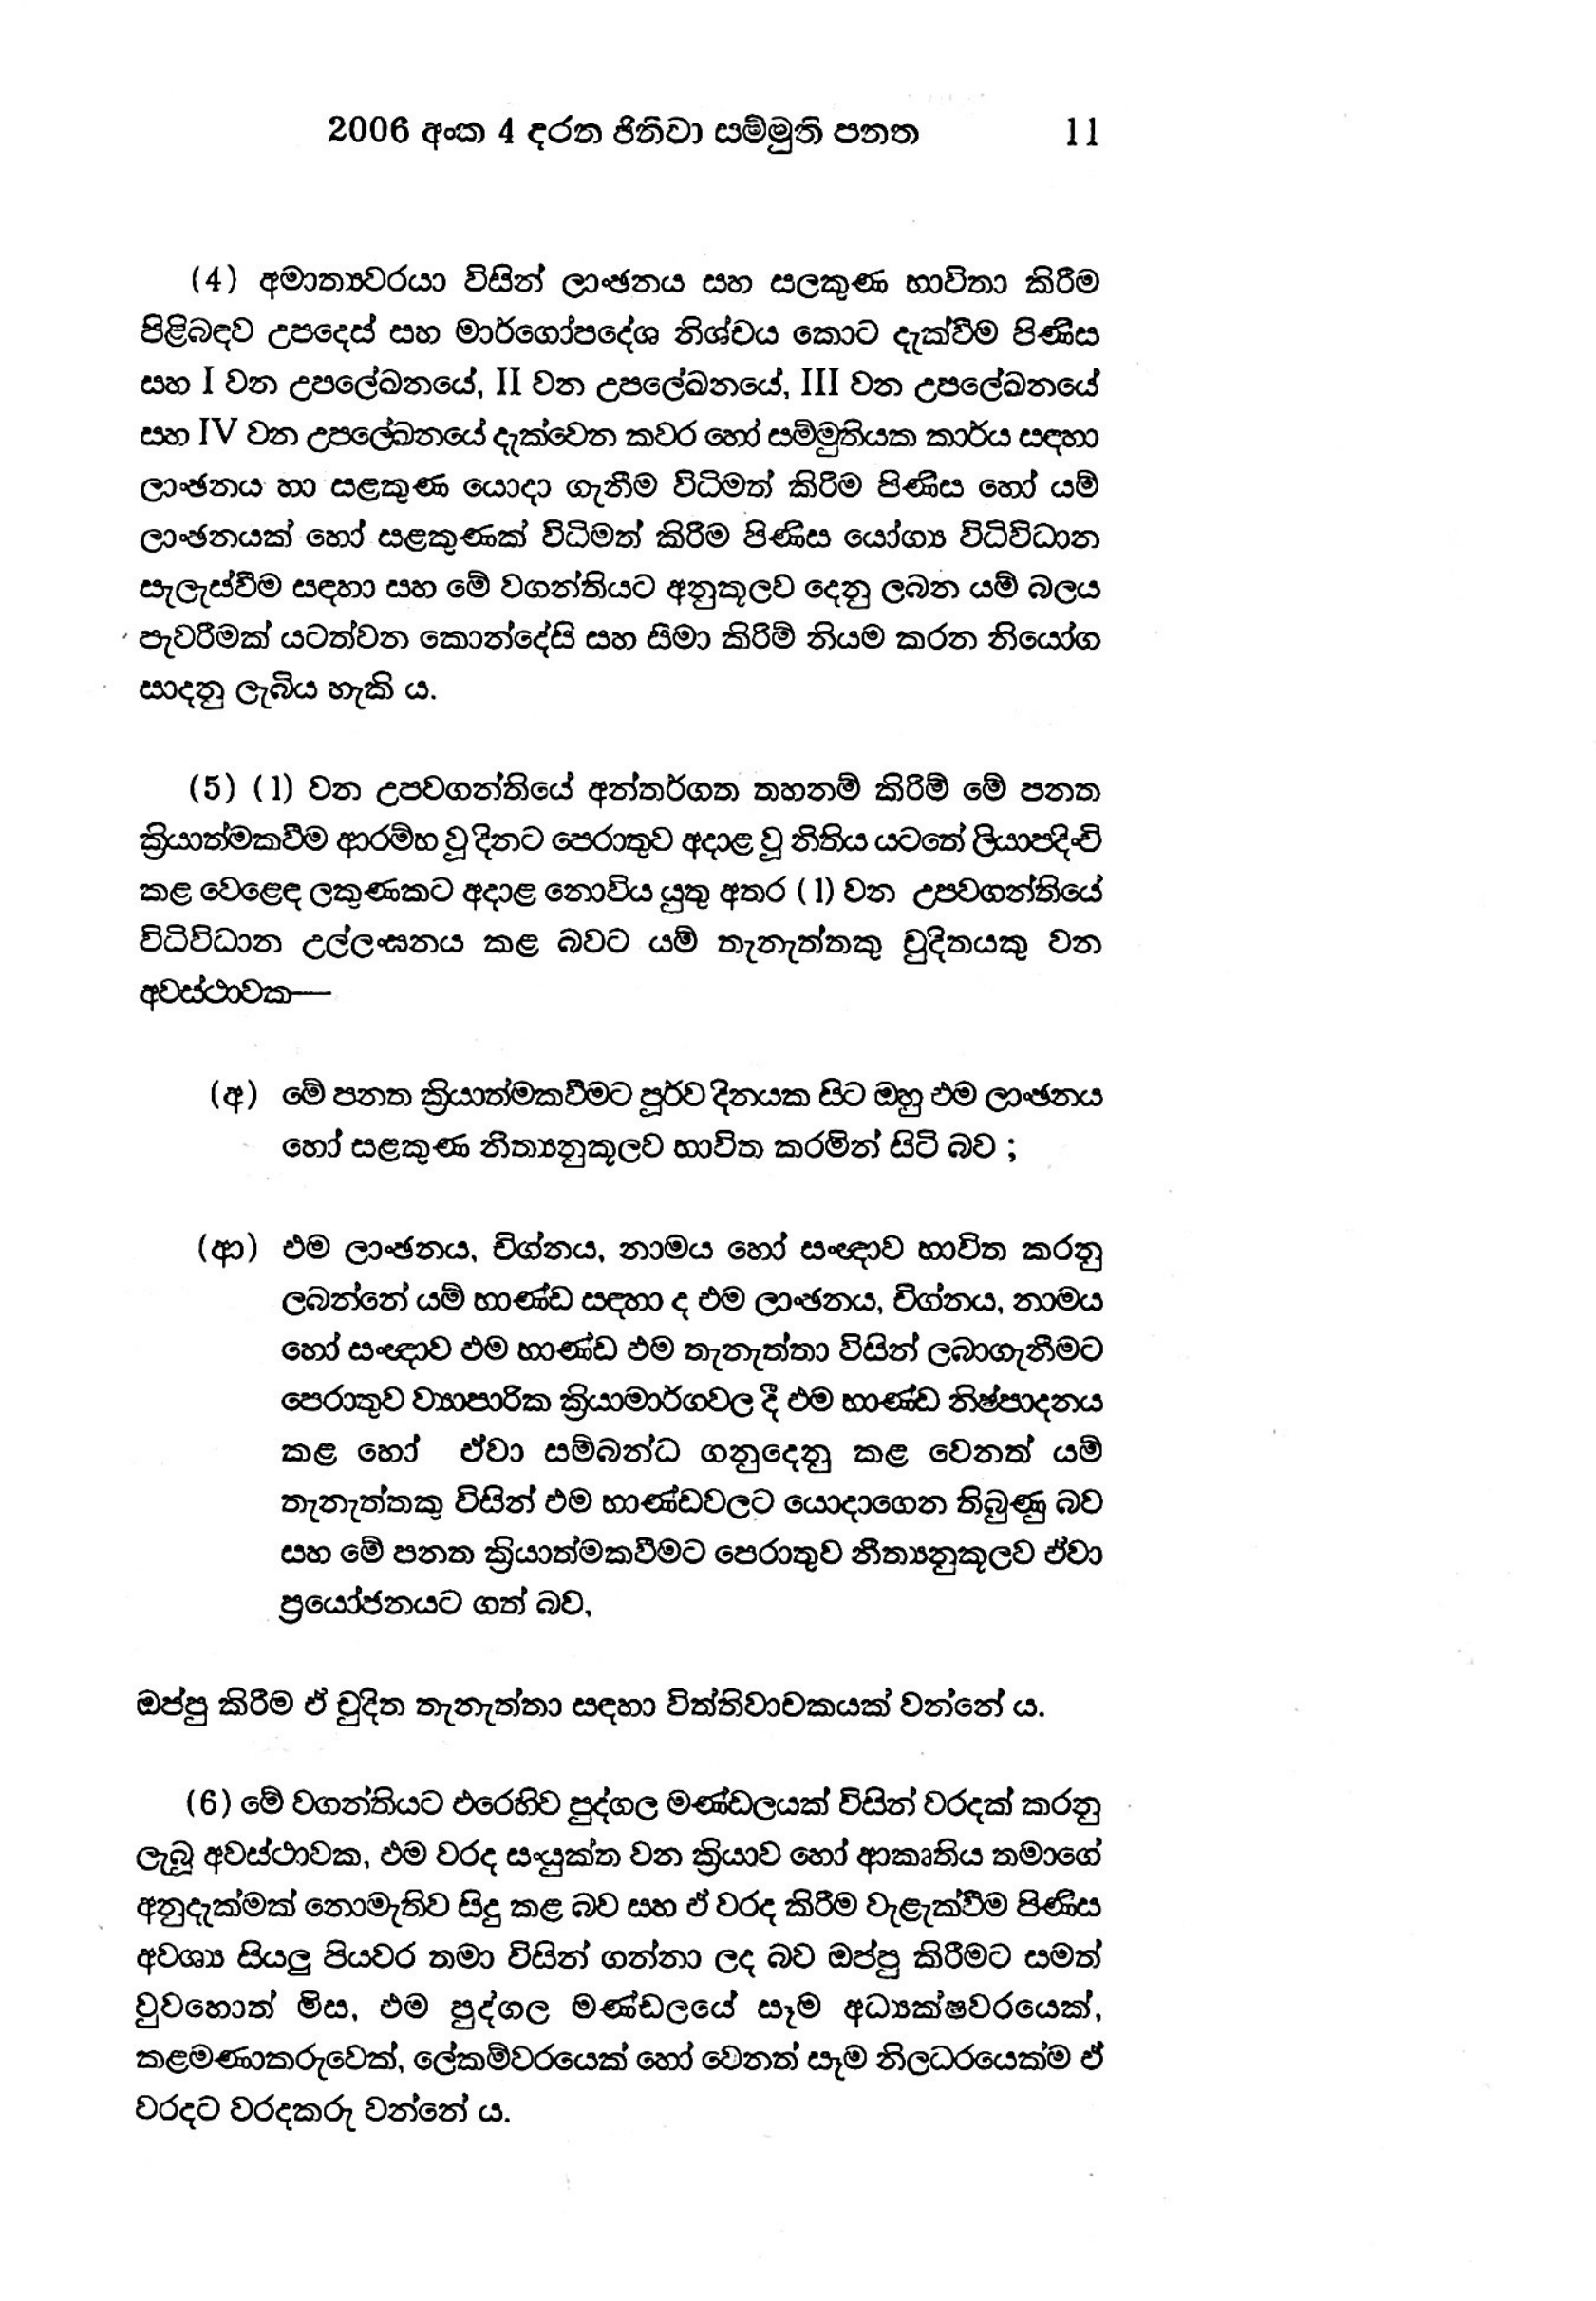
2006 අංක 4 දරත ජිනිවා සම්මුති පනත 11

(4) අමාත්‍යවරයා විසින් ලාංඡනය සහ සලකුණ භාවිතා කිරීම
පිළිබඳව උපදෙස් සහ මාර්ගෝපදේශ නිශ්චය කොට දැක්වීම පිණිස
සහ I වන උපලේඛනයේ, II වන උපලේඛනයේ, III වන උපලේඛනයේ
සහ IV වන උපලේඛනයේ දැක්වෙන කවර හෝ සම්මුතියක කාර්ය සඳහා
ලාංඡනය හා සළකුණ යොදා ගැනීම විධිමත් කිරීම පිණිස හෝ යම්
ලාංඡනයක් හෝ සළකුණක් විධිමත් කිරීම පිණිස යෝග්‍ය විධිවිධාන
සැලැස්වීම සඳහා සහ මේ වගන්තියට අනුකූලව දෙනු ලබන යම් බලය
පැවරීමක් යටත්වන කොන්දේසි සහ සීමා කිරිම් නියම කරන නියෝග
සාදනු ලැබිය හැකි ය.

(5) (1) වන උපවගන්තියේ අන්තර්ගත තහනම් කිරීම් මේ පනත
ක්‍රියාත්මකවීම ආරම්භ වූ දිනට පෙරාතුව අදාළ වූ නිතිය යටතේ ලියාපදිංචි
කළ වෙළෙඳ ලකුණකට අදාළ නොවිය යුතු අතර ( 1) වන උපවගන්තියේ
විධිවිධාන උල්ලංඝනය කළ බවට යම් තැනැත්තකු චුදිතයකු වන
අවස්ථාවක-

(අ) මේ පනත ක්‍රියාත්මකවීමට පූර්ව දිනයක සිට ඔහු එම ලාංඡනය
හෝ සළකුණ නීත්‍යනුකූලව භාවිත කරමින් සිටි බව ;

(ආ) එම ලාංඡනය, චිග්නය, නාමය හෝ සංඥාව භාවිත කරනු
ලබන්නේ යම් භාණ්ඩ සඳහා ද එම ලාංඡනය, චිග්නය, නාමය
හෝ සංඥාව එම භාණ්ඩ ඵම තැනැත්තා විසින් ලබාගැනීමට
පෙරාතුව ව්‍යාපාරික ක්‍රියාමාර්ගවල දී එම භාණ්ඩ නිෂ්පාදනය
කළ හෝ ඒවා සම්බන්ධ ගනුදෙනු කළ වෙනත් යම්
තැනැත්තකු විසින් ඵම භාණ්ඩවලට යොදාගෙන තිබුණු බව
සහ මේ පනත ක්‍රියාත්මකවීමට පෙරාතුව නීත්‍යනුකූලව ඒවා
ප්‍රයෝජනයට ගත් බව,

ඔප්පු කිරීම ඒ චුදිත තැනැත්තා සඳහා විත්තිවාචකයක් වන්නේ ය.

(6)මේ වගන්තියට එරෙහිව පුද්ගල මණ්ඩලයක් විසින් වරදක් කරනු
ලැබූ අවස්ථාවක, එම වරද සංයුක්ත වන ක්‍රියාව හෝ ආකෘතිය තමාගේ
අනුදැක්මක් නොමැතිව සිදු කළ බව සහ ඒ වරද කිරීම වැළැක්වීම පිණිස
අවශ්‍ය සියලු පියවර තමා විසින් ගන්නා ලද බව ඔප්පු කිරීමට සමත්
වුවහොත් මිස, එම පුද්ගල මණ්ඩලයේ සෑම අධ්‍යක්ෂවරයෙක්,
කළමණාකරුවෙක්, ලේකම්වරයෙක් හෝ වෙනත් සෑම නිලධරයෙක්ම ඒ
වරදට වරදකරු වන්නේ ය.